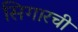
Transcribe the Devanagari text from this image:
सिगारची